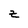
Character: Z